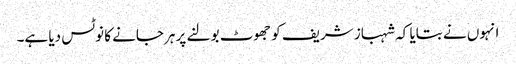
انہوں نے بتایا کہ شہباز شریف کو جھوٹ بولنے پر ہرجانے کا نوٹس دیا ہے۔